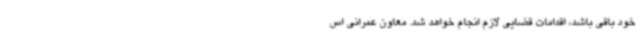
خود باقی باشد، اقدامات قضایی لازم انجام خواهد شد. معاون عمرانی اس